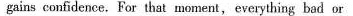
gains confidence. For that moment, everything bad or